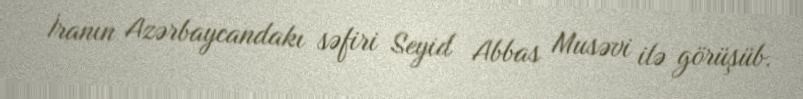
İranın Azərbaycandakı səfiri Seyid Abbas Musəvi ilə görüşüb.